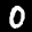
Label: 0